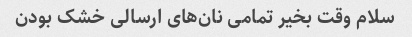
سلام وقت بخیر تمامی نان‌های ارسالی خشک بودن